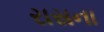
રાસના